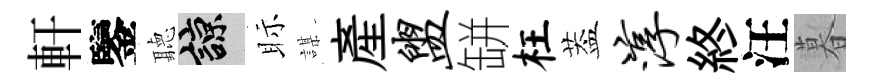
軒鑒聽諒眎謀産盥缾枉葢淳終汪暮